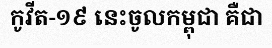
កូវីត-១៩ នេះចូលកម្ពុជា គឺជា